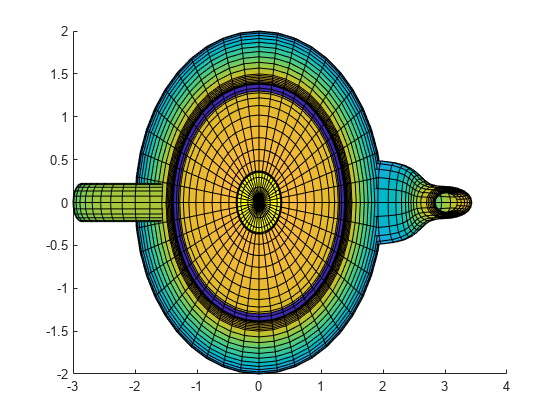
matlab, patch